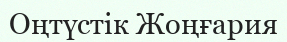
Оңтүстік Жоңғария